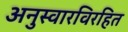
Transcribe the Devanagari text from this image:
अनुस्वारविरहित